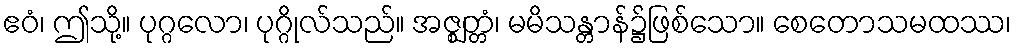
ဧဝံ၊ ဤသို့။ ပုဂ္ဂလော၊ ပုဂ္ဂိုလ်သည်။ အဇ္ဈတ္တံ၊ မမိသန္တာန်၌ဖြစ်သော။ စေတောသမထဿ၊